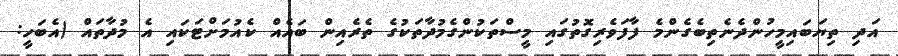
އަދި ތިޔަބައިމީހުންދެނެތިބެގެންމެ ފާފަވެރިގޮތުގައި މީސްތަކުންގެމުދާތަކުގެ ތެރެއިން ބައެއް ކެއުމަށްޓަކައި އެ މުދާތައް (އެބަހީ: